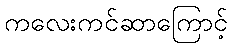
ကလေးကင်ဆာကြောင့်